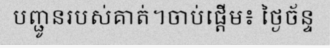
បញ្ជូនរបស់គាត់។ចាប់ផ្តើម៖ ថ្ងៃច័ន្ទ